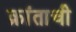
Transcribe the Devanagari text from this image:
क्रांताची